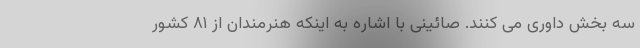
سه بخش داوری می کنند. صائینی با اشاره به اینکه هنرمندان از ۸۱ کشور